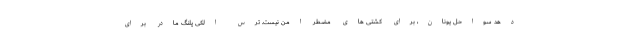
دهد سواحل یونان، برای کشتی های مضطر امن نیست. ترس الکی پلنگ مادر برای